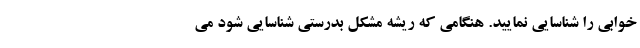
خوابی را شناسایی نمایید. هنگامی که ریشه مشکل بدرستی شناسایی شود می